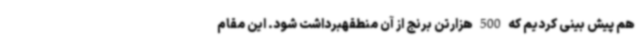
هم پیش بینی کردیم که 500 هزارتن برنج از آن منطقهبرداشت شود. این مقام